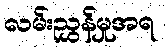
လမ်းညွှန်မှုအရ